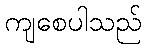
ကျစေပါသည်